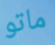
ماتو